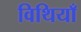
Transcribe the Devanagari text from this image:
विथियाँ